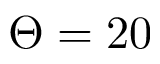
\Theta = 2 0